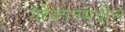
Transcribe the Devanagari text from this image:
येरेव्हानमधील